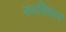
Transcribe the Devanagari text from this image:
सवसिधानं